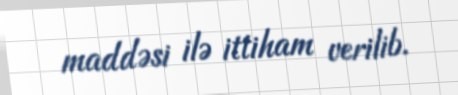
maddəsi ilə ittiham verilib.